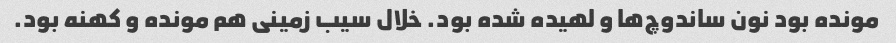
مونده بود نون ساندوچ‌ها و لهیده شده بود. خلال سیب زمینی هم مونده و کهنه بود.